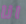
انا